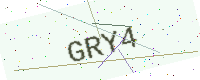
Text: GRY4